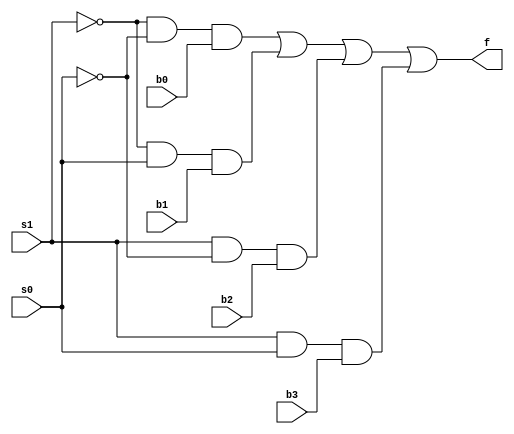
module mux_base (f, s0, s1, b0, b1, b2, b3);

input s0, s1, b0, b1, b2, b3;
output f;

wire f1, f2, f3, f4, ns0, ns1;

not n1 (ns0, s0);
not n2 (ns1, s1);

and a1 (f1, ns1, ns0, b0);
and a2 (f2, ns1, s0, b1);
and a3 (f3, s1, ns0, b2);
and a4 (f4, s1, s0, b3);

or result (f, f1, f2, f3, f4);

endmodule